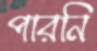
পারনি